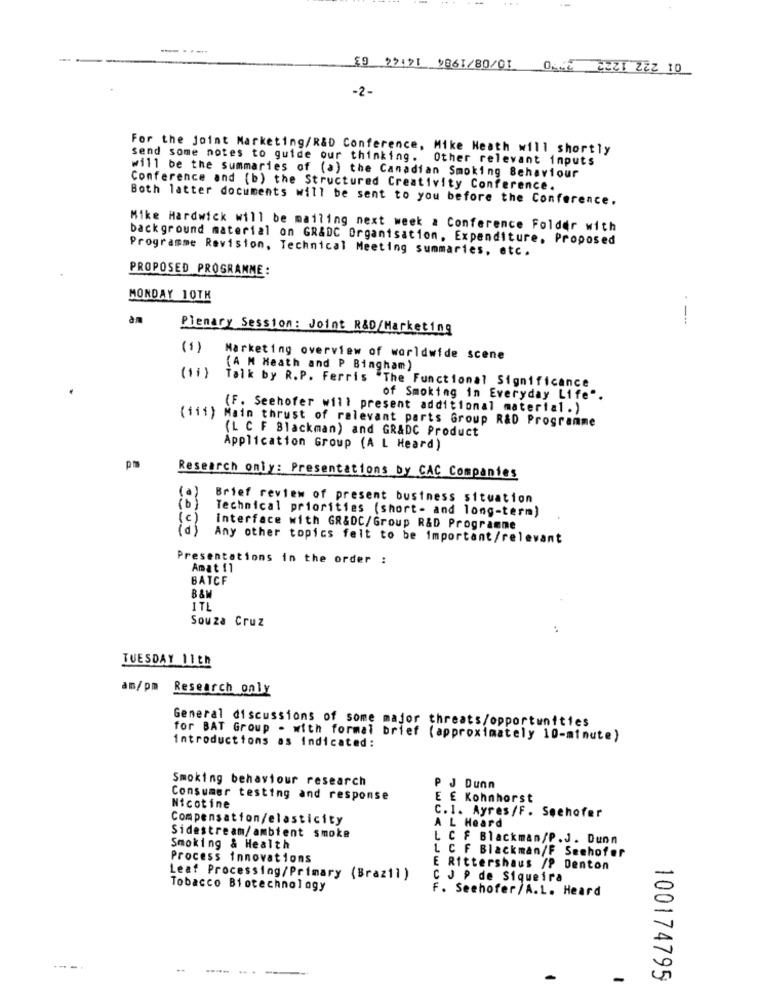
...
.......
E929121 1861/80/01 01 4321 222 10
-2-
For the joint Marketing/R&D Conference, Mike Heath will shortly
send some notes to guide our thinking. Other relevant inputs
will be the summaries of (a) the Canadian Smoking Behaviour
Conference and (b) the Structured Creativity Conference.
Both latter documents will be sent to you before the Conference.
Mike Hardwick will be mailing next week a Conference Folder with
background material on GR&DC Organisation. Expenditure, Proposed
Programme Revision, Technical Meeting summaries, etc.
PROPOSED PROGRAMME:
MONDAY 10TH
am
----
Plenary Session: Joint R&D/Marketing
(1)
Marketing overview of worldwide scene
(A M Heath and P Bingham)
(11)
Talk by R.P. Ferris "The Functional Significance
of Smoking in Everyday Life".
(F. Seehofer will present additional material.)
(iii) Main thrust of relevant parts Group R&D Programme
(L C F Blackman) and GR&DC Product
Application Group (A L Heard)
Research only: Presentations by CAC Companies
(0)
Brief review of present business situation
(b)
Technical priorities (short- and long-term)
(c)
interface with GR&DC/Group R&D Programme
Any other topics felt to be important/relevant
Presentations in the order :
Amat 11
BATCF
1TL
Souza Cruz
TUESDAY 11th
am/pm Research only
General discussions of some major threats/opportunities
for BAT Group . with formal brief (approximately 10-minute)
introductions as indicated:
Smoking behaviour research
P J Dunn
Consumer testing and response
E E Kohnhorst
Nicotine
C.1. Ayres /F . Seehofer
Compensation/elasticity
A L Heard
Sidestream/ambient smoke
L CF Blackman/P.J. Dunn
Smoking & Health
L C F Blackman/F Seehofer
Process innovations
E Rittershaus /P Denton
Leaf Processing/Primary (Brazil )
C J P de Siqueira
Tobacco Biotechnology
F. Seehofer/A.L. Heard
---.
---. ..
100174795